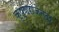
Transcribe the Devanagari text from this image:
कृष्णराजेन्द्र